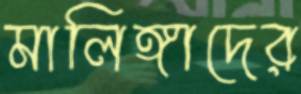
মালিঙ্গাদের